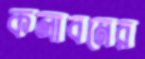
কলাবনের